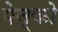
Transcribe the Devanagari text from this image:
पेन्को